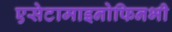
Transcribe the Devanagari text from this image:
एसेटामाइनोफिनभी